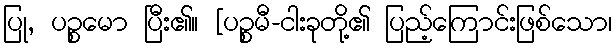
ပြု, ပဉ္စမော ပြီး၏။ [ပဉ္စမီ-ငါးခုတို့၏ ပြည့်ကြောင်းဖြစ်သော၊